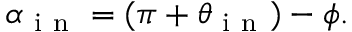
\alpha _ { \mathrm { ~ i ~ n ~ } } = ( \pi + \theta _ { \mathrm { ~ i ~ n ~ } } ) - \phi .